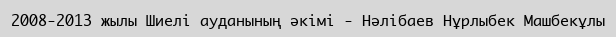
2008-2013 жылы Шиелі ауданының әкімі - Нәлібаев Нұрлыбек Машбекұлы